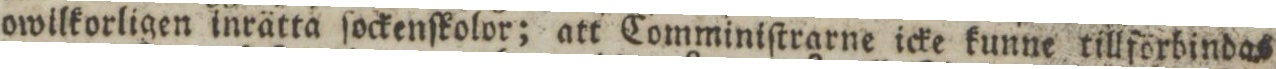
owilkorligen inrätta ſockenſkolor; att Comminiſtrarne icke kunne tillförbindas